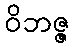
ဝိဘဇ္ဇ